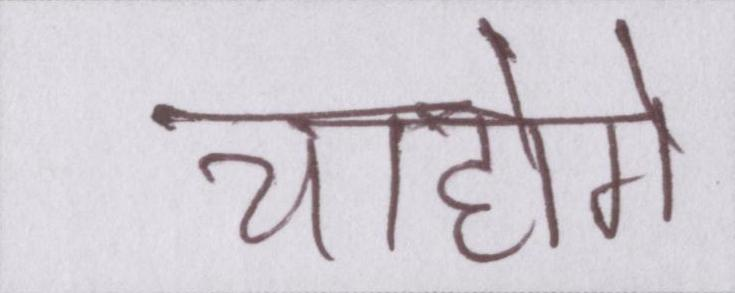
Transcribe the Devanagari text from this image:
चाहोगे